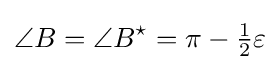
\angle B=\angle B^{\star }=\pi -{\tfrac {1}{2}}\varepsilon